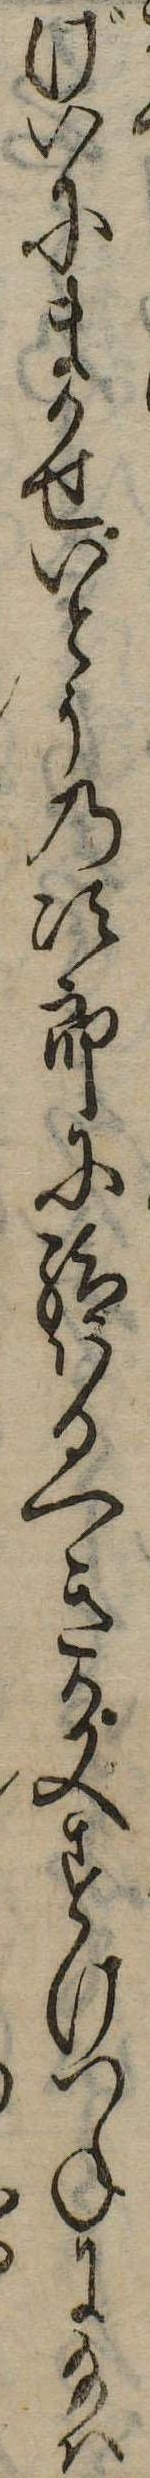
げいにまかせいとうの次郎に給はるへきか又すけつねに給は